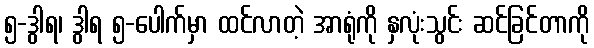
၅-ဒွါရ၊ ဒွါရ ၅-ပေါက်မှာ ထင်လာတဲ့ အာရုံကို နှလုံးသွင်း ဆင်ခြင်တာကို